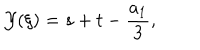
{ \cal { Y } } ( \xi ) = s + t - \frac { a _ { 1 } } { 3 } ,